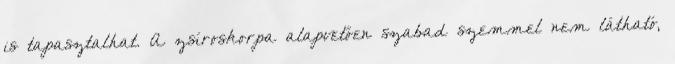
is tapasztalhat. A zsíroskorpa alapvetően szabad szemmel nem látható,